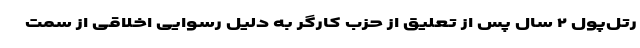
رتل‌پول ۲ سال پس از تعلیق از حزب کارگر به دلیل رسوایی اخلاقی از سمت